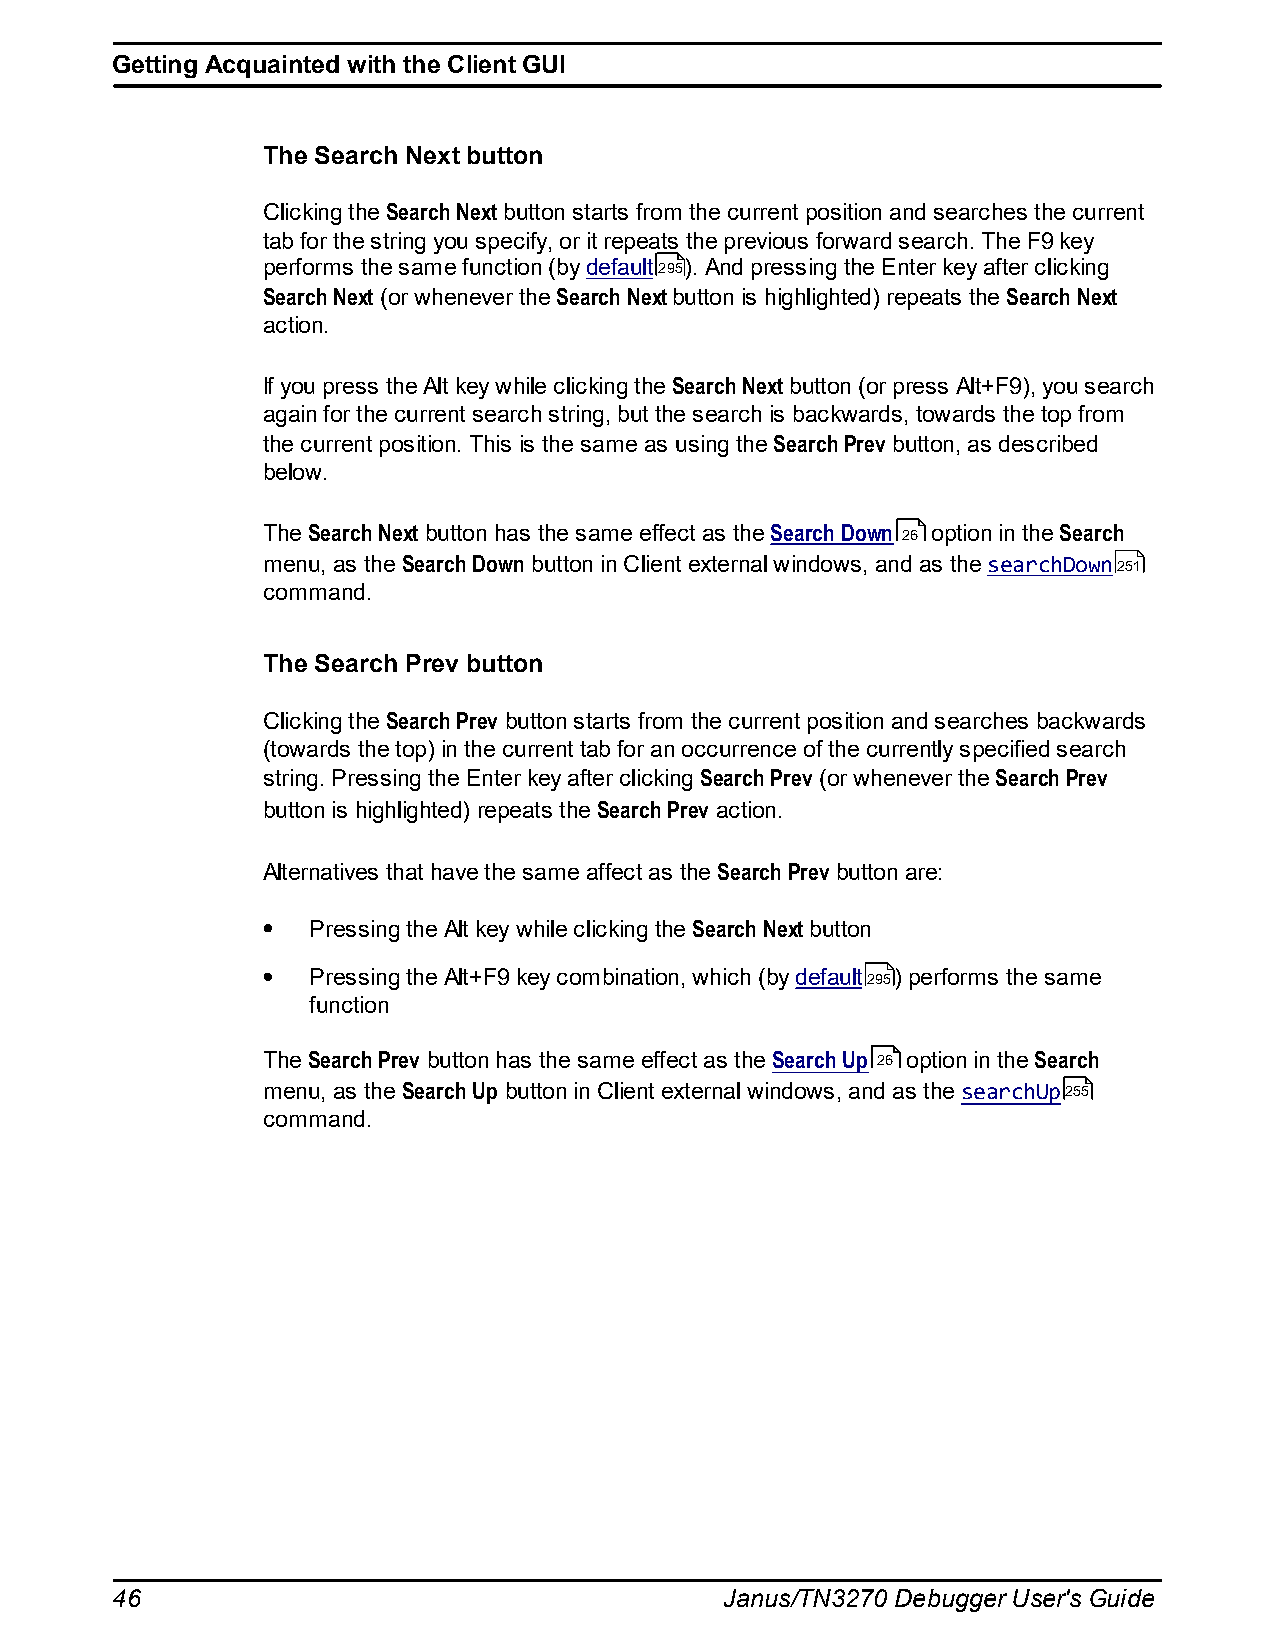
Getting Acquainted with the Client GUI
 The Search Next button
 Clicking the Search Next button starts from the current position and searches the current
 tab for the string you specify, or it repeats the previous forward search. The F9 key
 performs the same function (by default295). And pressing the Enter key after clicking
 Search Next (or whenever the Search Next button is highlighted) repeats the Search Next
 action.
 If you press the Alt key while clicking the Search Next button (or press Alt+F9), you search
 again for the current search string, but the search is backwards, towards the top from
 the current position. This is the same as using the Search Prev button, as described
 below.
 The Search Next button has the same effect as the Search Down 26 option in the Search
 menu, as the Search Down button in Client external windows, and as the searchDown251
 command.
 The Search Prev button
 Clicking the Search Prev button starts from the current position and searches backwards
 (towards the top) in the current tab for an occurrence of the currently specified search
 string. Pressing the Enter key after clicking Search Prev (or whenever the Search Prev
 button is highlighted) repeats the Search Prev action.
 Alternatives that have the same affect as the Search Prev button are:
 Pressing the Alt key while clicking the Search Next button
 Pressing the Alt+F9 key combination, which (by default295) performs the same
 function
 The Search Prev button has the same effect as the Search Up 26 option in the Search
 menu, as the Search Up button in Client external windows, and as the searchUp255
 command.
 46                                       Janus/TN3270 Debugger User's Guide